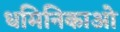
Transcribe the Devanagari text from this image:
धमिनिकाओ